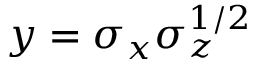
y = \sigma _ { x } \sigma _ { z } ^ { 1 / 2 }